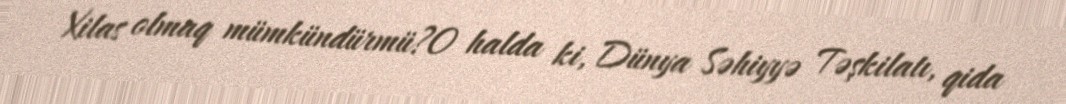
Xilas olmaq mümkündürmü?O halda ki, Dünya Səhiyyə Təşkilatı, qida